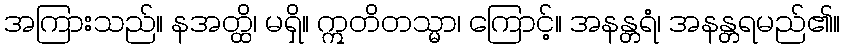
အကြားသည်။ နအတ္ထိ၊ မရှိ။ ဣတိတသ္မာ၊ ကြောင့်။ အနန္တရံ၊ အနန္တရမည်၏။